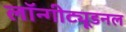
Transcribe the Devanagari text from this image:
लॉन्गीट्यूडनल